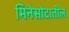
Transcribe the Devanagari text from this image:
मिनेसोटातील